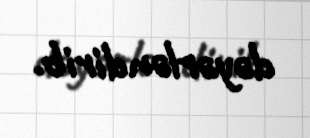
dəyərləndirib.